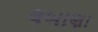
લબાણા